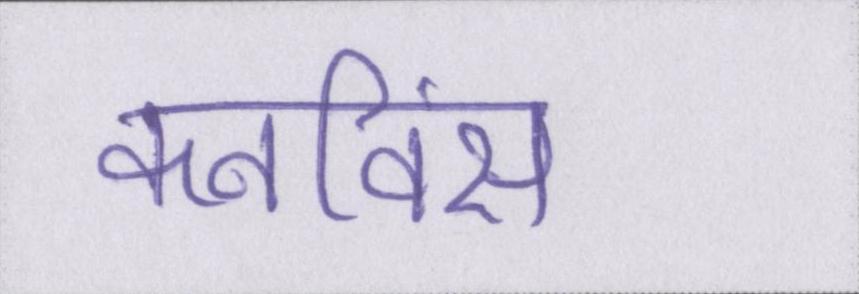
कनविंस